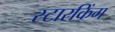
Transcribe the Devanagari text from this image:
स्‍टारकिंग